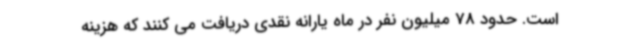
است. حدود 78 میلیون نفر در ماه یارانه نقدی دریافت می کنند که هزینه